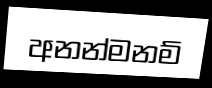
අනන්මනම්